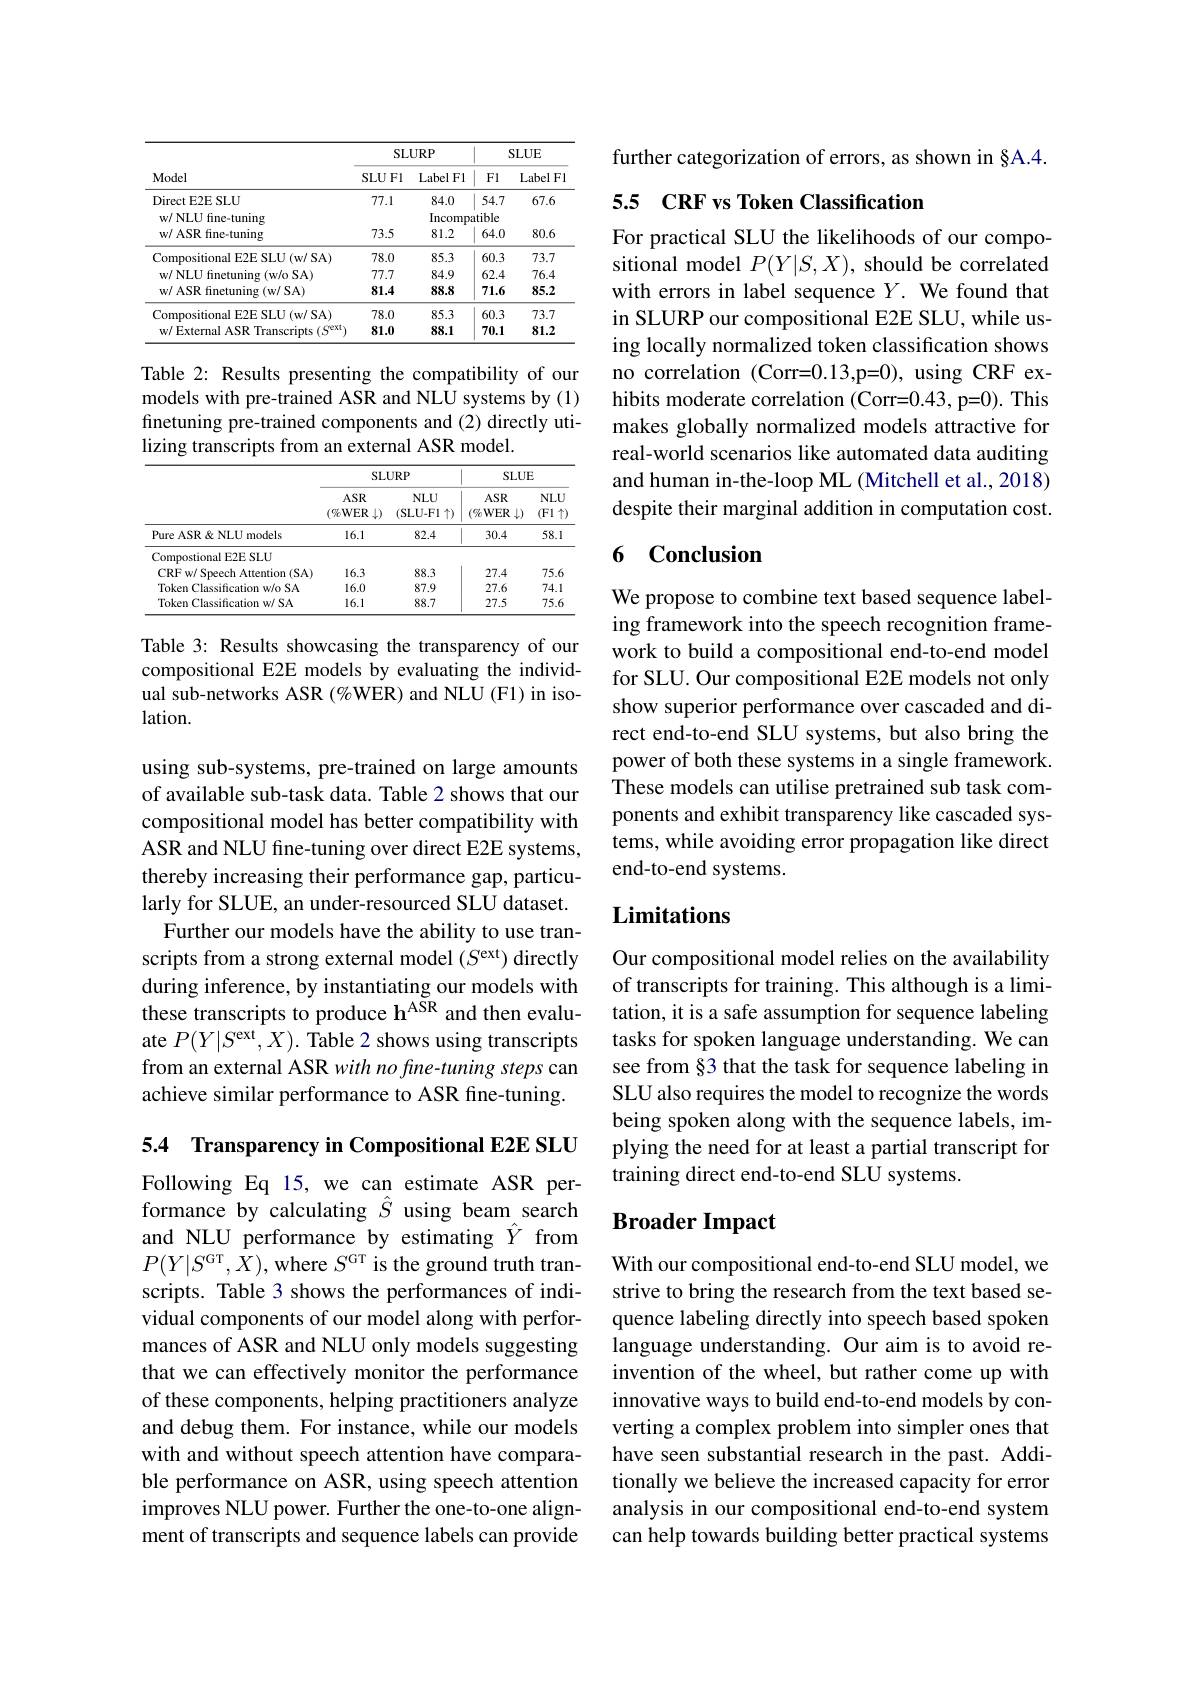
<table>
	<tbody>
		<tr>
			<th rowspan="2">Model</th>
			<th colspan="2">${\mathrm{SLURP}}$</th>
			<th colspan="2">$SLUE$</th>
		</tr>
		<tr>
			<th>SLUFI</th>
			<th>Label Fl</th>
			<th>FI</th>
			<th>Label Fl</th>
		</tr>
		<tr>
			<td>Direct E2E SLU</td>
			<td>77.1</td>
			<td>84.0</td>
			<td>54.7</td>
			<td>67.6</td>
		</tr>
		<tr>
			<td>w/ NLU fine-tuning</td>
			<td> </td>
			<td>Incomp</td>
			<td>atible</td>
			<td> </td>
		</tr>
		<tr>
			<td>w/ ASR fine-tuning</td>
			<td>73.5</td>
			<td>81.2</td>
			<td>64.0</td>
			<td>80.6</td>
		</tr>
		<tr>
			<td>Compositional E2ESLU(w/SA)</td>
			<td>78.0</td>
			<td>85.3</td>
			<td>60.3</td>
			<td>73.7</td>
		</tr>
		<tr>
			<td>w/ NLU finetuning (w/o SA)</td>
			<td>77.7</td>
			<td>84.9</td>
			<td>62.4</td>
			<td>76.4</td>
		</tr>
		<tr>
			<td>w/ ASR finetuning (w/ SA)</td>
			<td>81.4</td>
			<td>88.8</td>
			<td>71.6</td>
			<td>85.2</td>
		</tr>
		<tr>
			<td>Compositional E F2FG SLU$\left ( \mathrm{w/ SA}\right )$</td>
			<td>78.0</td>
			<td>85.3</td>
			<td>60.3</td>
			<td>73.7</td>
		</tr>
		<tr>
			<td>w/Extemal ASR $\mathbb{R}$ Transcripts $(S^\mathrm{ext})$</td>
			<td>81.0</td>
			<td>88.1</td>
			<td>70.1</td>
			<td>81.2</td>
		</tr>
	</tbody>
</table>

Table 2: Results presenting the compatibility of our models with pre-trained ASR and NLU systems by (1) finetuning pre-trained components and (2) directly utilizing transcripts from an external ASR model.

<table>
	<tbody>
		<tr>
			<th> </th>
			<th colspan="2">SLURP</th>
			<th colspan="2">$SLUE$</th>
		</tr>
		<tr>
			<th> </th>
			<th>$ASR$ $(\%$WER $\downarrow)$</th>
			<th>$NLU$ (SLU-FI $\uparrow)$</th>
			<th>$ASR$ $(\%$WER $\downarrow)$</th>
			<th>$NLU$ (Fl $\uparrow$ 1 1</th>
		</tr>
		<tr>
			<td>Pure ASR&NLU models</td>
			<td>16.1</td>
			<td>82.4</td>
			<td>30.4</td>
			<td>58.1</td>
		</tr>
		<tr>
			<td>Compostional E2E SLU</td>
			<td> </td>
			<td> </td>
			<td> </td>
			<td> </td>
		</tr>
		<tr>
			<td>CRF w/ Speech Attention (SA)</td>
			<td>16.3</td>
			<td>88.3</td>
			<td>27.4</td>
			<td>75.6</td>
		</tr>
		<tr>
			<td>Token Classification w/o SA</td>
			<td>16.0</td>
			<td>87.9</td>
			<td>27.6</td>
			<td>74.1</td>
		</tr>
		<tr>
			<td>Token Classification w/ SA</td>
			<td>16.1</td>
			<td>88.7</td>
			<td>27.5</td>
			<td>75.6</td>
		</tr>
	</tbody>
</table>

Table 3: Results showcasing the transparency of our compositional E2E models by evaluating the individual sub-networks ASR (%WER) and NLU (F1) in isolation.

using sub-systems, pre-trained on large amounts of available sub-task data. Table 2 shows that our compositional model has better compatibility with ASR and NLU fine-tuning over direct E2E systems, thereby increasing their performance gap, particularly for SLUE, an under-resourced SLU dataset.
Further our models have the ability to use transcripts from a strong external model $(S^\mathrm{ext})$ directly during inference, by instantiating our models with these transcripts to produce h$^{\text{ASR}}$ and then evaluate $P(Y|S^\mathrm{ext},X).$ Table 2 shows using transcripts from an external ASR with no fine-tuning steps can achieve similar performance to ASR fine-tuning.

5.4 Transparency in Compositional E2E SLU

Following Eq 15, we can estimate ASR performance by calculating $\hat{S}$ using beam search and NLU performance by estimating $\hat{Y}$ from $P(Y|S^{\mathrm{GT}},\hat{X})$,where $S^\mathrm{GT}$ is the ground truth transcripts. Table 3 shows the performances of individual components of our model along with performances of ASR and NLU only models suggesting that we can effectively monitor the performance of these components, helping practitioners analyze and debug them. For instance, while our models with and without speech attention have comparable performance on ASR, using speech attention improves NLU power. Further the one-to-one alignment of transcripts and sequence labels can provide

further categorization of errors, as shown in §A.4.

## 5.5 CRF vs Token Classification

For practical SLU the likelihoods of our compositional model $P(Y|S,X)$, should be correlated with errors in label sequence $Y.$ We found that in SLURP our compositional E2E SLU, while using locally normalized token classification shows no correlation (Corr=0.13,p=0), using CRF exhibits moderate correlation (Corr=0.43, p=0). This makes globally normalized models attractive for real-world scenarios like automated data auditing and human in-the-loop ML (Mitchell et al., 2018) despite their marginal addition in computation cost.

### 6 Conclusion

We propose to combine text based sequence labeling framework into the speech recognition framework to build a compositional end-to-end model for SLU. Our compositional E2E models not only show superior performance over cascaded and direct end-to-end SLU systems, but also bring the power of both these systems in a single framework. These models can utilise pretrained sub task components and exhibit transparency like cascaded systems, while avoiding error propagation like direct end-to-end systems.

## Limitations

Our compositional model relies on the availability of transcripts for training. This although is a limitation, it is a safe assumption for sequence labeling tasks for spoken language understanding. We can see from §3 that the task for sequence labeling in SLU also requires the model to recognize the words being spoken along with the sequence labels, implying the need for at least a partial transcript for training direct end-to-end SLU systems.

## Broader Impact

With our compositional end-to-end SLU model, we strive to bring the research from the text based sequence labeling directly into speech based spoken language understanding. Our aim is to avoid reinvention of the wheel, but rather come up with innovative ways to build end-to-end models by converting a complex problem into simpler ones that have seen substantial research in the past. Additionally we believe the increased capacity for error analysis in our compositional end-to-end system can help towards building better practical systems